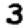
Digit: 3